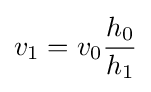
v_{1}=v_{0}{h_{0} \over h_{1}}